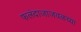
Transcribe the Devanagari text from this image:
फलंदाजाजवळच्या